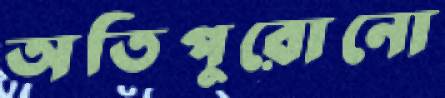
অতিপুরোনো